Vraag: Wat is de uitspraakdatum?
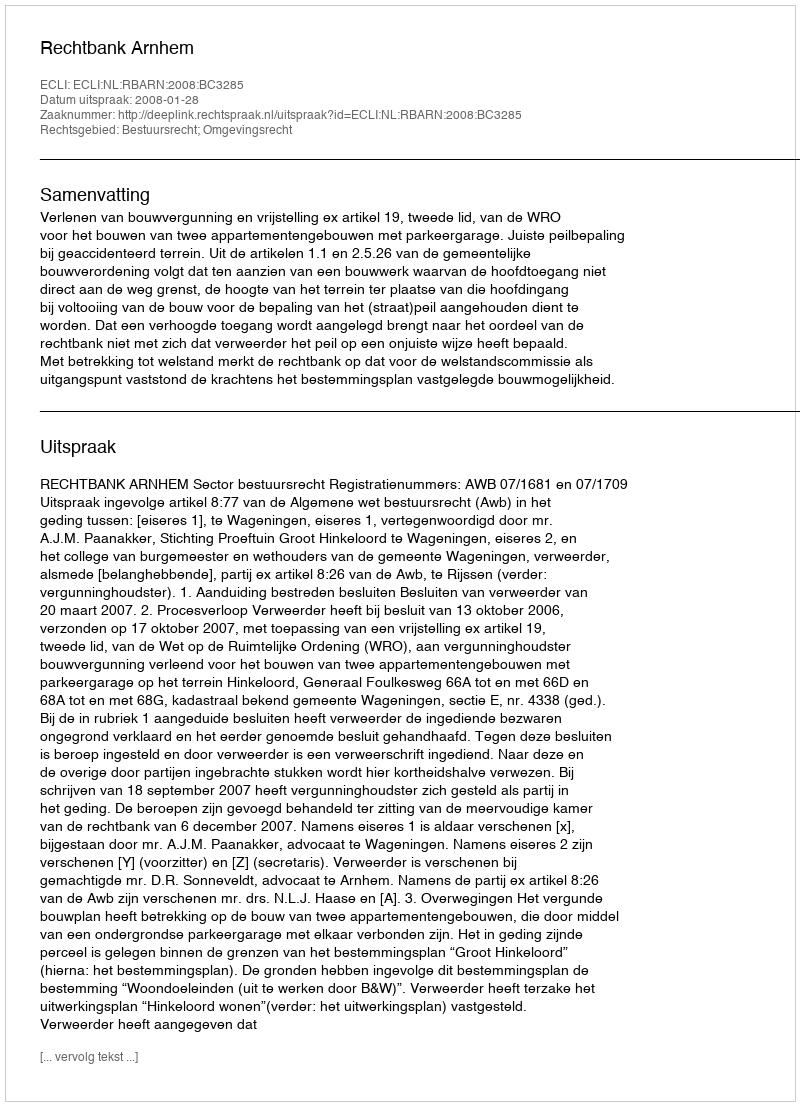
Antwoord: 2008-01-28